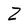
Character: Z